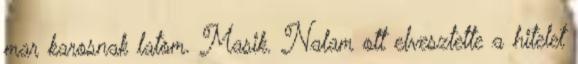
mar karosnak latom. Masik. Nalam ott elvesztette a hitelet